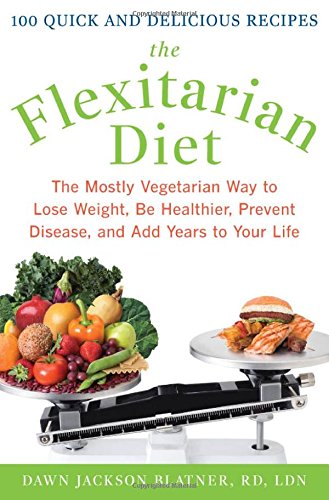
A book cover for The Flexitarian Diet: The Mostly Vegetarian Way to Lose Weight, Be Healthier, Prevent Disease, and Add Years to Your Life; Dawn Jackson Blatner; Cookbooks, Food & Wine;